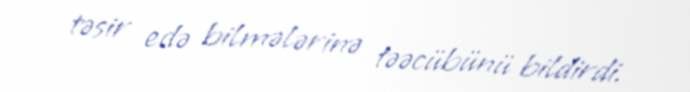
təsir edə bilmələrinə təəcübünü bildirdi.